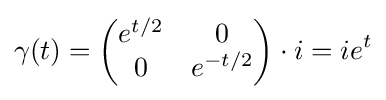
\gamma (t)={\begin{pmatrix}e^{t/2}&0\\0&e^{-t/2}\\\end{pmatrix}}\cdot i=ie^{t}